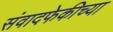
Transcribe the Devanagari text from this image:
संवादफेकीच्या